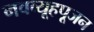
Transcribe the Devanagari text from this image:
नवव्यूहपूजन